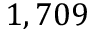
1 , 7 0 9